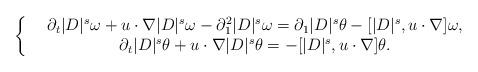
LaTeX: \begin{align*}\left\{\begin{array}{cc}&\partial_t |D|^s\omega+u\cdot\nabla |D|^s\omega-\partial_1^2|D|^s\omega=\partial_1|D|^s\theta-[|D|^s,u\cdot\nabla]\omega,\\&\partial_t |D|^s\theta+u\cdot\nabla|D|^s\theta=-[|D|^s,u\cdot\nabla]\theta.\end{array}\right.\end{align*}